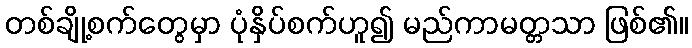
တစ်ချို့စက်တွေမှာ ပုံနှိပ်စက်ဟူ၍ မည်ကာမတ္တသာ ဖြစ်၏။